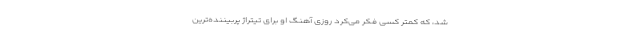
شد، که کمتر کسی فکر می‌کرد روزی آهنگ او برای تیتراژ پربیننده‌ترین